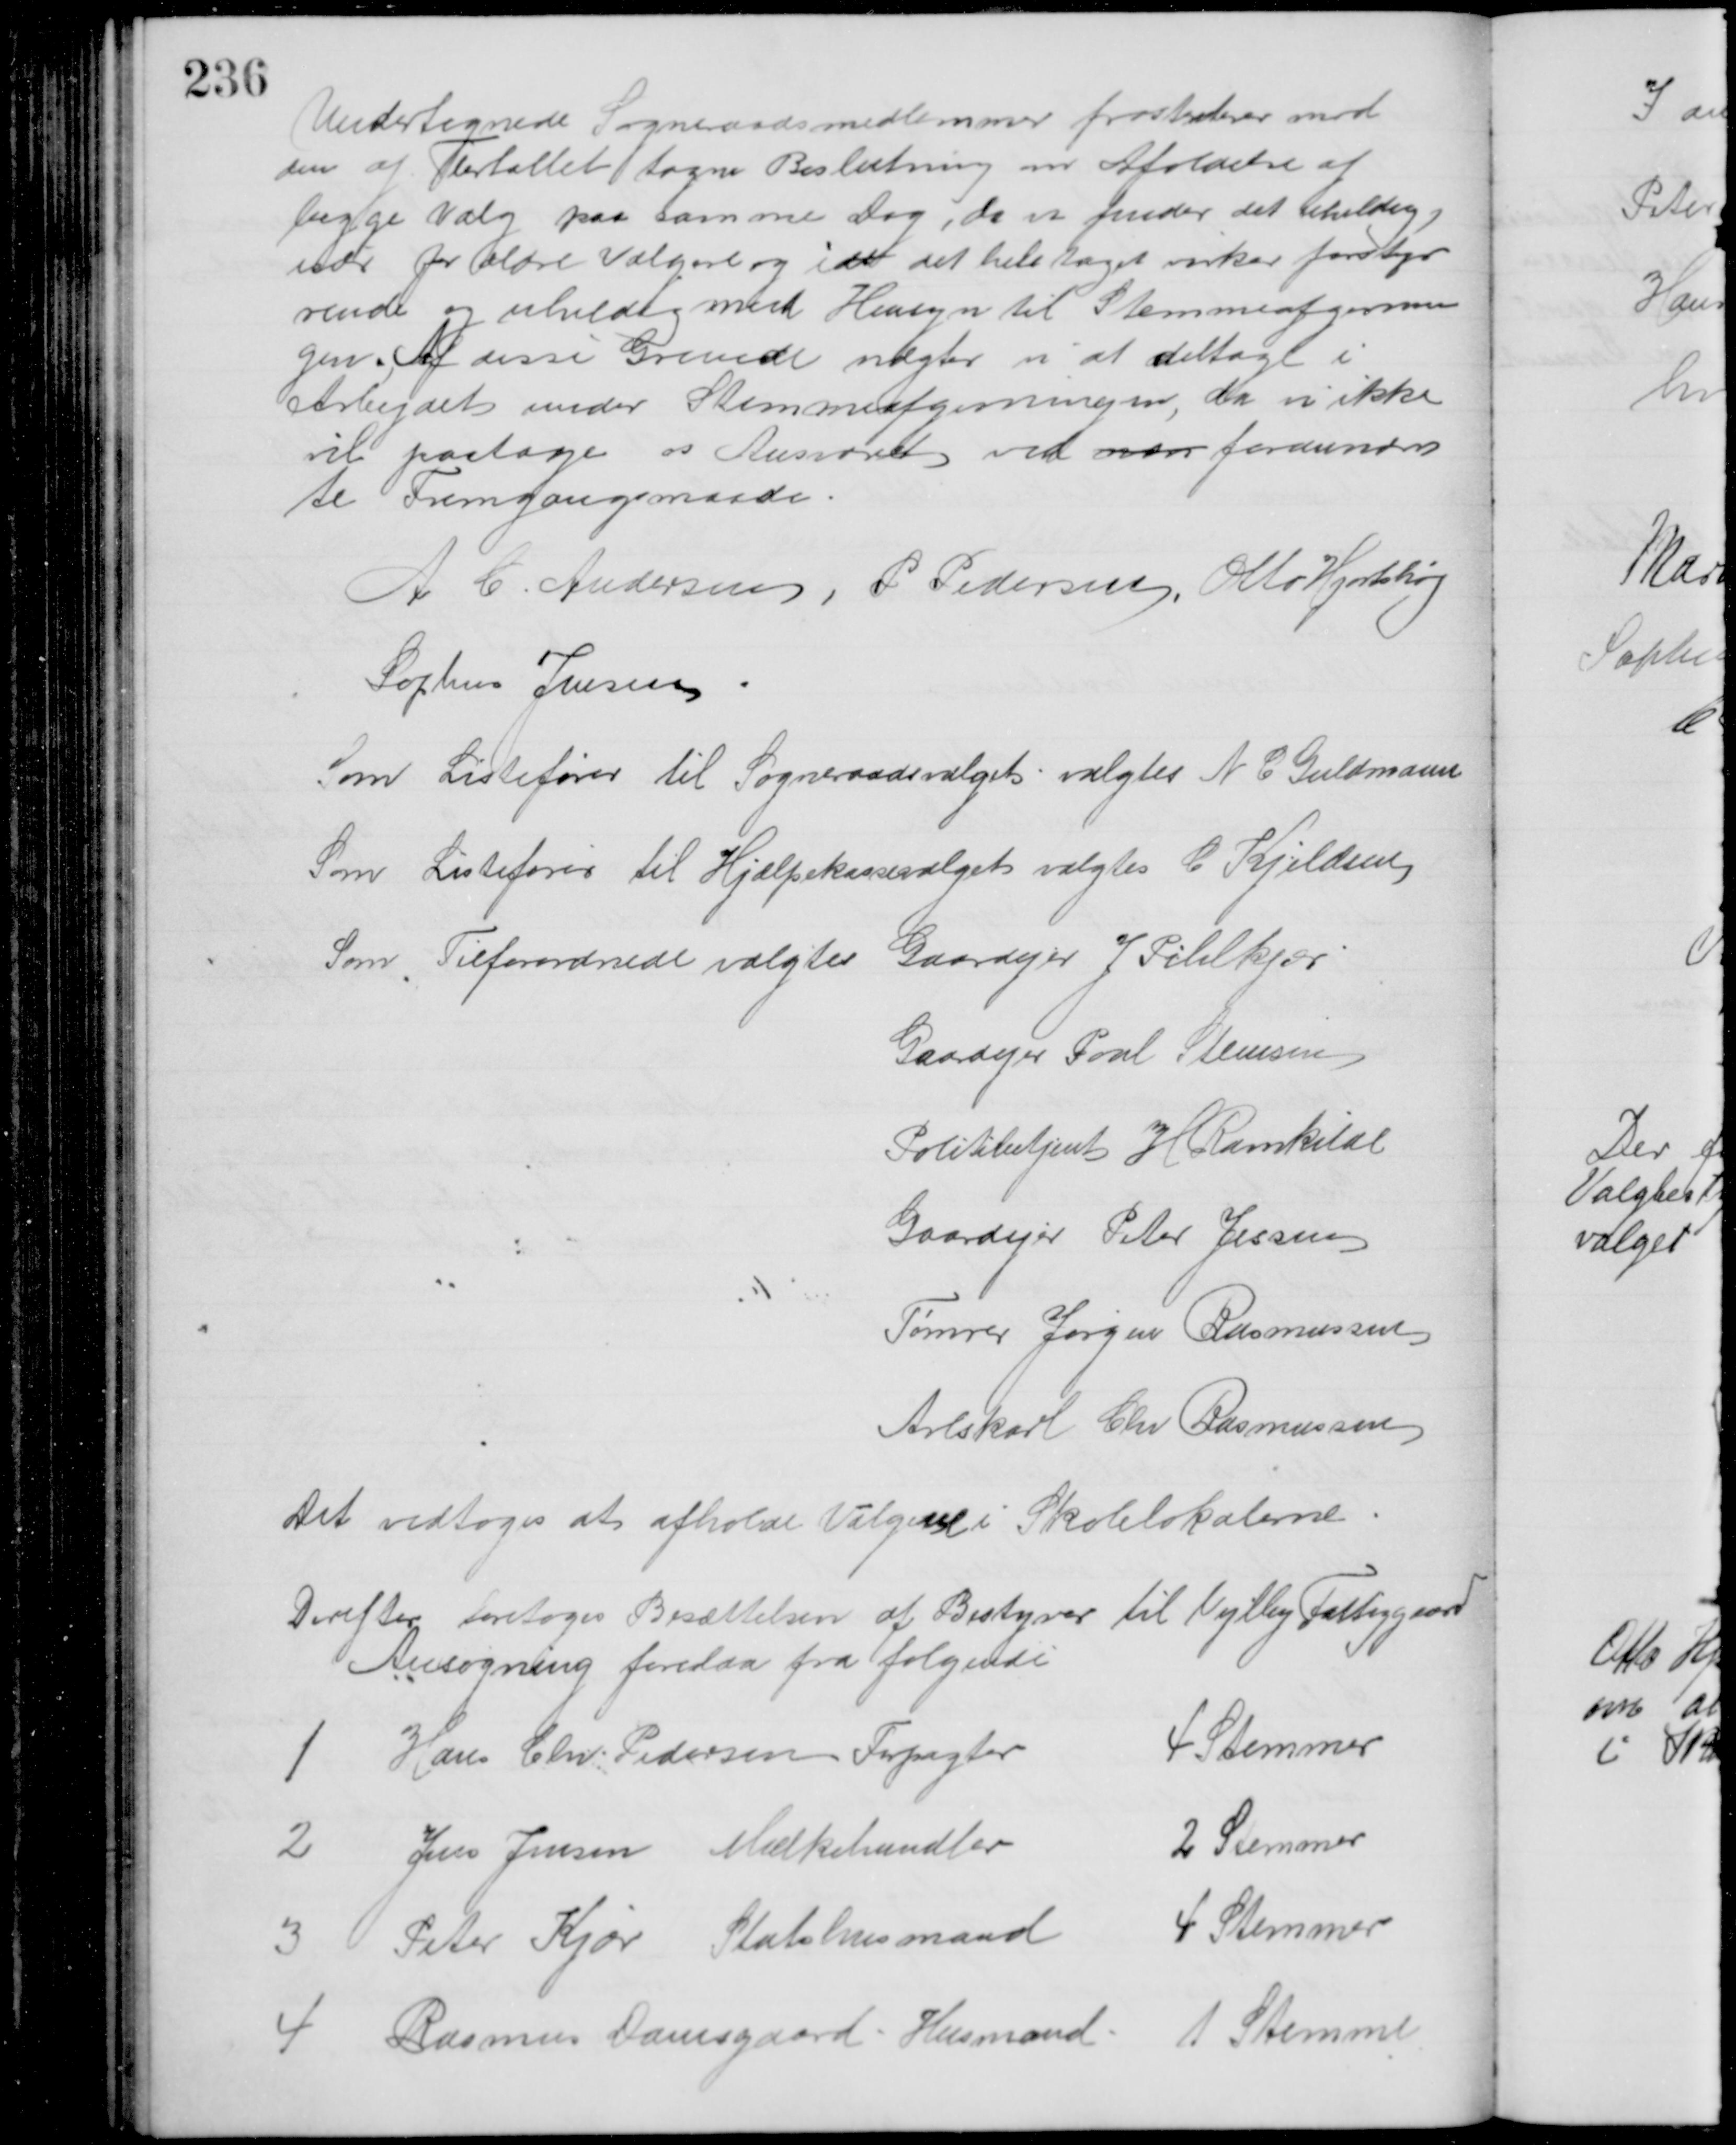
Transskription:
Undertegnede Sogneraadsmedlemmer protesterer mod
den af Flertallet tagne Beslutning om Afoldelse af 
begge Valg paa samme Dag, da vi finder det uheldig,
især for ældre Vælgere og idet det hele taget virker forstyr
rende og uheldigt med Hensyn til Stemmeafgivnin
gen. Af disse Grunde nægter vi at deltage i 
Arbejdet under Stemmeafgivningen, da vi ikke
vil paatage os Ansvaret ved nær forannævn
te Fremgangsmaade.
A C. Andersen, P Pedersen, Otto Hjortshøj
Sophus Jensen
Som Listefører til Sogneraadsvalget valgtes N C Guldmann
Som Listefører til Hjælpekassevalget valgtes C. Kjeldsen
Som Tilforordnede valgtes Gaardejer J. Pihlkjær
Gaardejer Poul Steensen
Politibetjent H Ravnkilde
Gaardejer Peter Jessen
Tømrer Jørgen Rasmussen
Avlskarl Chr Rasmussen
Det vedtoges at afholde Valgene i Skolelokalerne
Derefter foretoges Besættelsen af Bestyrer til Vejlby Fattiggaard
Ansøgning forelaa fra følgende
1
Hans Chr. Pedersen Forpagter
4 Stemmer
2
Jens Jensen Mælkehandler
2 Stemmer
3
Peter Kjær Statshusmand
4 Stemmer
4
Rasmus Damsgaard, Husmand
1 Stemme